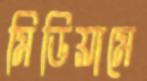
মিডিয়ামে